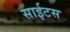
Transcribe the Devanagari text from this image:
साईटस